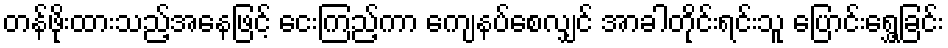
တန်ဖိုးထားသည့်အနေဖြင့် ငေးကြည့်ကာ ကျေနပ်စေလျှင် အာခါတိုင်းရင်းသူ ပြောင်းရွှေ့ခြင်း